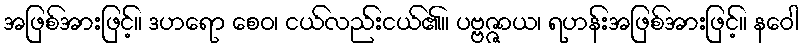
အဖြစ်အားဖြင့်။ ဒဟရော စေဝ၊ ငယ်လည်းငယ်၏။ ပဗ္ဗဇ္ဇာယ၊ ရဟန်းအဖြစ်အားဖြင့်။ နဝေါ